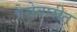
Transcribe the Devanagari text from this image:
पैसेवारीत